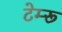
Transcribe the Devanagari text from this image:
टेम्‍रू